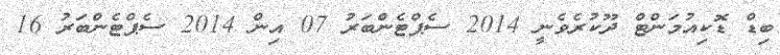
ބިޑް ޑޮކިއުމަންޓް ދޫކުރެވެނީ 2014 ސެޕްޓެންބަރު 07 އިން 2014 ސެޕްޓެންބަރު 16